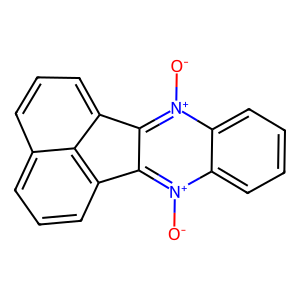
SMILES: [O-][n+]1c2c([n+]([O-])c3ccccc31)-c1cccc3cccc-2c13
Inhibits HIV replication: No